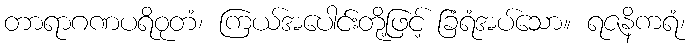
တာရာဂဏပရိဝုတံ၊ ကြယ်အပေါင်းတို့ဖြင့် ခြံရံအပ်သော။ ရဇနိကရံ၊